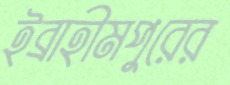
ইব্রাহীমপুরের